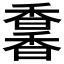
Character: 𩡌